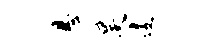
悬昊遽